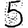
Digit: 5